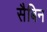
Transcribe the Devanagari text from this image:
सैबिन